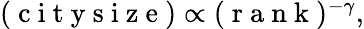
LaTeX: \begin{array}{r}{(\mathrm{~c~i~t~y~s~i~z~e~})\propto(\mathrm{~r~a~n~k~})^{-\gamma},}\end{array}